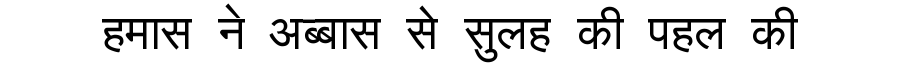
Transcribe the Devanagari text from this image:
हमास ने अब्बास से सुलह की पहल की